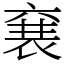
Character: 㐮